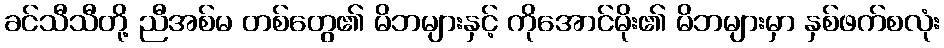
ခင်သီသီတို့ ညီအစ်မ တစ်တွေ၏ မိဘများနှင့် ကိုအောင်မိုး၏ မိဘများမှာ နှစ်ဖက်စလုံး